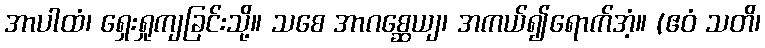
အာပါထံ၊ ရှေးရှုကျခြင်းသို့။ သစေ အာဂစ္ဆေယျ၊ အကယ်၍ရောက်အံ့။ (ဧဝံ သတိ၊